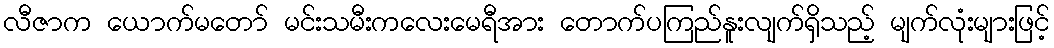
လီဇာက ယောက်မတော် မင်းသမီးကလေးမေရီအား တောက်ပကြည်နူးလျက်ရှိသည့် မျက်လုံးများဖြင့်